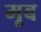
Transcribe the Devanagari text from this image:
मूब